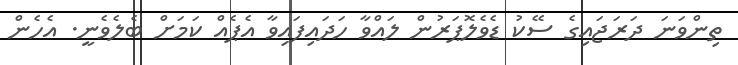
ތިންވަނަ ދަރަޖައިގެ ސޭކު ޑެވެލޮޕަރުން ލައްވާ ހަދައިފައިވާ އެޕެއް ކަމަށް ބެލެވެނީ. އެހެން